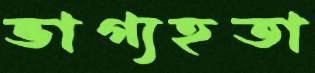
ভাগ্যহতা